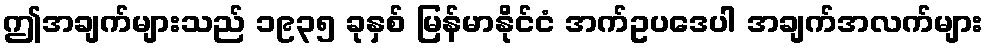
ဤအချက်များသည် ၁၉၃၅ ခုနှစ် မြန်မာနိုင်ငံ အက်ဥပဒေပါ အချက်အလက်များ